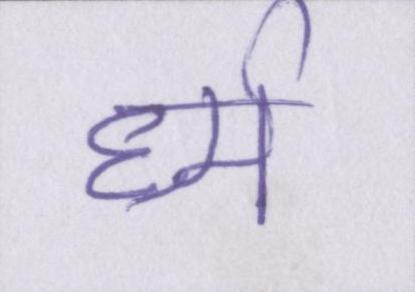
र्ध्म